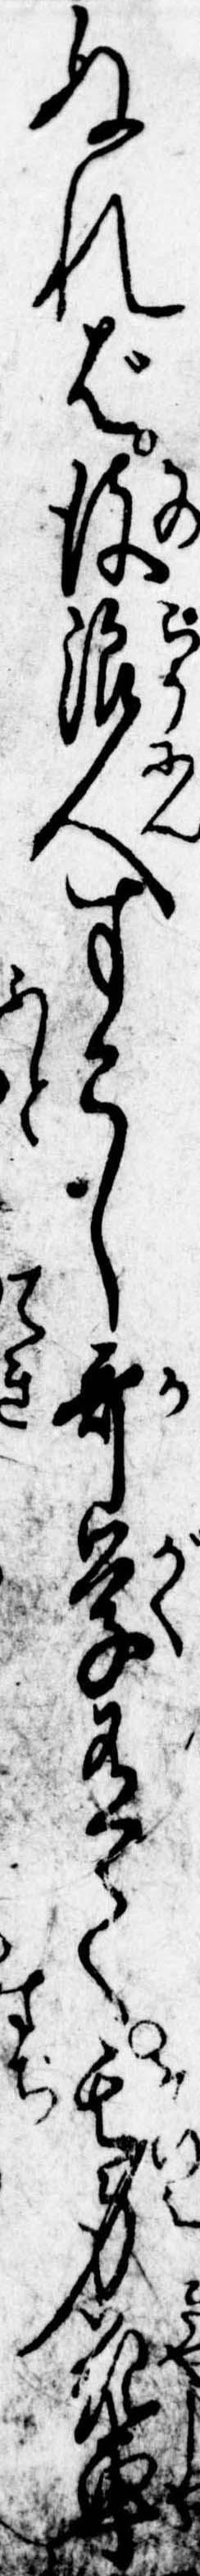
ぬれば彼浪人すこし歌学有て其身花車